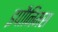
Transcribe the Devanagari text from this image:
इपौनिमस